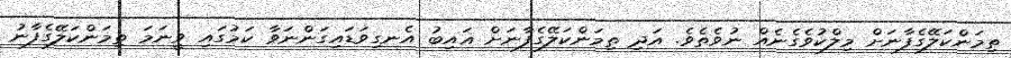
ތިމަންކަލޭގެފާނަށް މިލްކުވެގެނެއް ނުވެތެވެ. އަދި ތިމަންކަލޭގެފާނަށް ޣައިބު އެނގިވަޑައިގަންނަވާ ކަމުގައި ވީނަމަ ތިމަންކަލޭގެފާނު